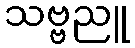
သဗ္ဗညူ